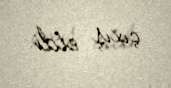
çıxış etdi.